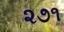
૨૭૧